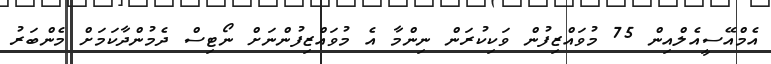
އެމްއޭސީއެލްއިން 75 މުވައްޒިފުން ވަކިކުރަން ނިންމާ އެ މުވައްޒިފުންނަށް ނޯޓިސް ދެމުންދާކަމަށް މެންބަރު